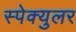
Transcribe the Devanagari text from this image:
स्पेक्युलर